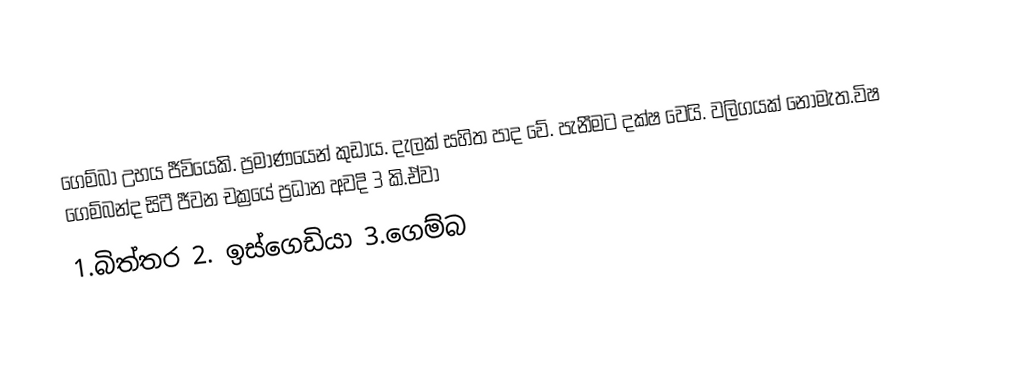
ගෙම්බා උභය ජීවියෙකි. ප්‍රමාණයෙන් කුඩාය. දැලක් සහිත පාද වේ. පැනීමට දක්ෂ වෙයි. වලිගයක් නොමැත.විෂ ගෙම්බන්ද සිටී ජීවන චක්‍රයේ ප්‍රධාන අවදි 3 කි.ඒවා
 1.බිත්තර  2. ඉස්ගෙඩියා  3.ගෙම්බ